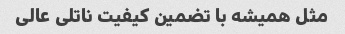
مثل همیشه با تضمین کیفیت ناتلی عالی